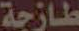
طازجة